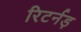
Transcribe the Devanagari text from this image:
रिटर्नड़